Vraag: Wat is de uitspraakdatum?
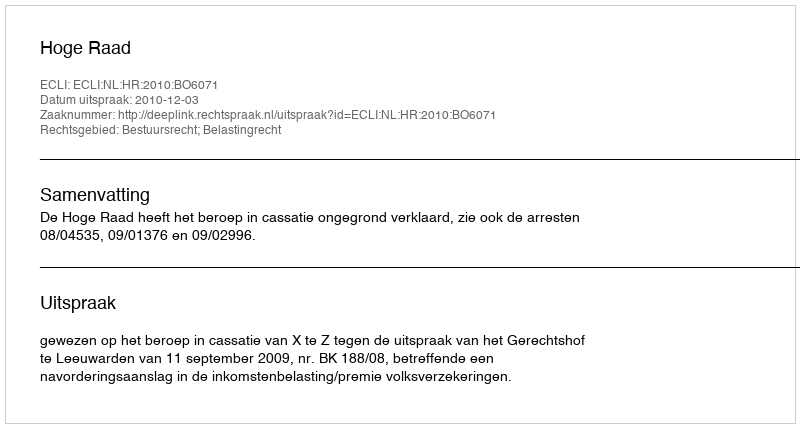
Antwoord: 2010-12-03